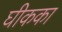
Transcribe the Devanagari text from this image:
घीकका